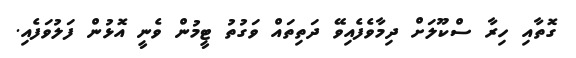
ގޮތާއި ހިރާ ސްކޫލަށް ދިމާވެފެއިވޭ ދަތިތައް ވަގުތު ޓީމުން ވެނީ އޮޅުން ފަލުވަފެއި.